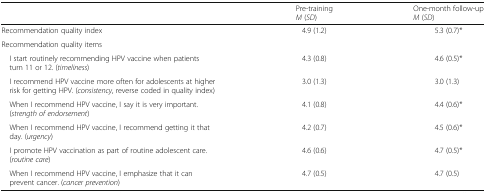
<table><thead><tr><td></td><td><b>Pre-training<i>M</i> (<i>SD</i>)</b></td><td><b>One-month follow-up<i>M</i> (<i>SD</i>)</b></td></tr></thead><tbody><tr><td>Recommendation quality index</td><td>4.9 (1.2)</td><td>5.3 (0.7)*</td></tr><tr><td colspan="3">Recommendation quality items</td></tr><tr><td> I start routinely recommending HPV vaccine when patients turn 11 or 12. (<i>timeliness</i>)</td><td>4.3 (0.8)</td><td>4.6 (0.5)*</td></tr><tr><td> I recommend HPV vaccine more often for adolescents at higher risk for getting HPV. (<i>consistency</i>, reverse coded in quality index)</td><td>3.0 (1.3)</td><td>3.0 (1.3)</td></tr><tr><td> When I recommend HPV vaccine, I say it is very important. (<i>strength of endorsement</i>)</td><td>4.1 (0.8)</td><td>4.4 (0.6)*</td></tr><tr><td> When I recommend HPV vaccine, I recommend getting it that day. (<i>urgency</i>)</td><td>4.2 (0.7)</td><td>4.5 (0.6)*</td></tr><tr><td> I promote HPV vaccination as part of routine adolescent care. (<i>routine care</i>)</td><td>4.6 (0.6)</td><td>4.7 (0.5)*</td></tr><tr><td> When I recommend HPV vaccine, I emphasize that it can prevent cancer. (<i>cancer prevention</i>)</td><td>4.7 (0.5)</td><td>4.7 (0.5)</td></tr></tbody></table>